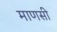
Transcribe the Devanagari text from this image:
माणसी